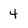
Character: 4